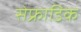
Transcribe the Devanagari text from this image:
सेफ्राडिक